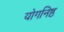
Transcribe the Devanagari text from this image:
योगनिष्ठ